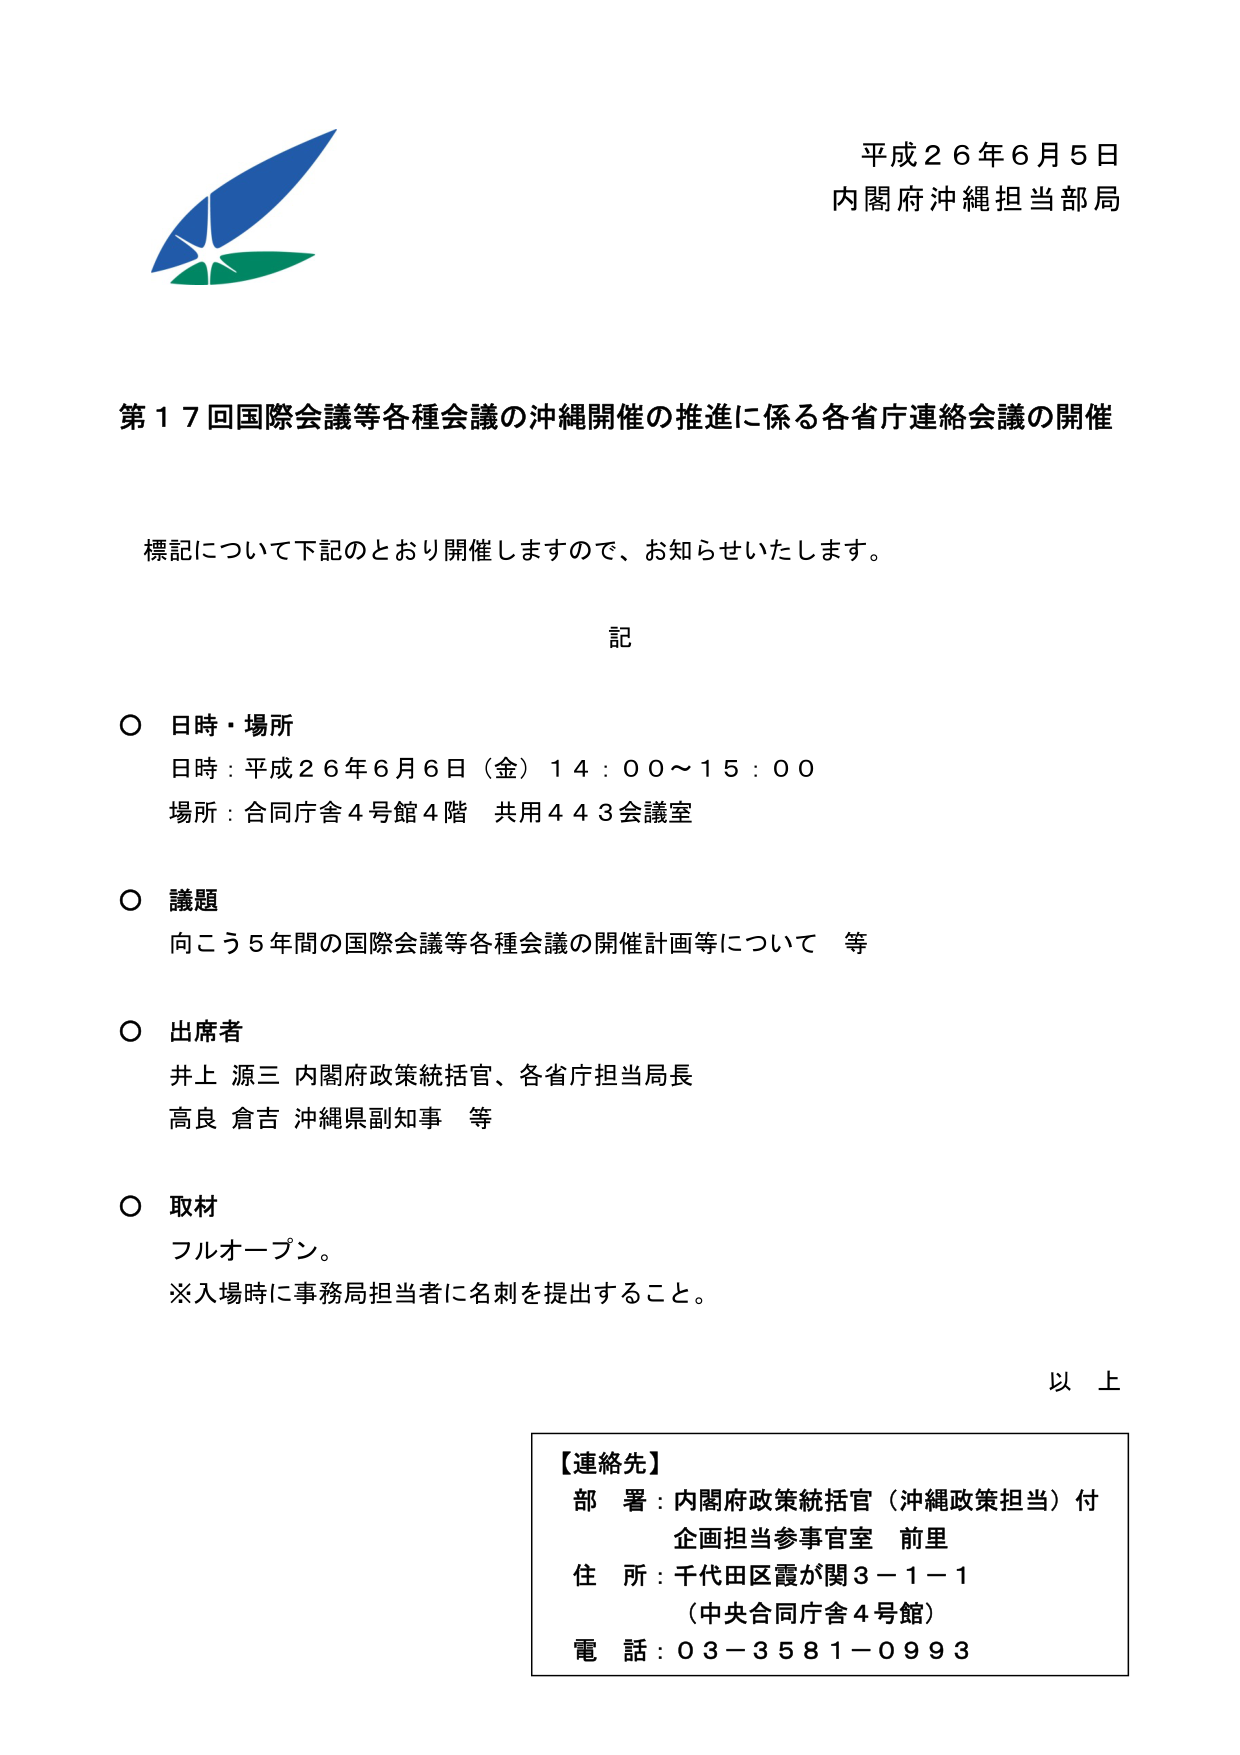
平成２６年６月５日
内閣府沖縄担当部局

第１７回国際会議等各種会議の沖縄開催の推進に係る各省庁連絡会議の開催

標記について下記のとおり開催しますので、お知らせいたします。

記

○ 日時・場所
日時：平成２６年６月６日（金）１４：００～１５：００
場所：合同庁舎４号館４階 共用４４３会議室

○ 議題
向こう５年間の国際会議等各種会議の開催計画等について 等

○ 出席者
井上 源三 内閣府政策統括官、各省庁担当局長
高良 倉吉 沖縄県副知事 等

○ 取材
フルオープン。
※入場時に事務局担当者に名刺を提出すること。

以上

【連絡先】
部 署：内閣府政策統括官（沖縄政策担当）付
　　　企画担当参事官室 前里
住 所：千代田区霞が関３－１－１
　　　（中央合同庁舎４号館）
電 話：０３－３５８１－０９９３